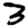
Digit: 3